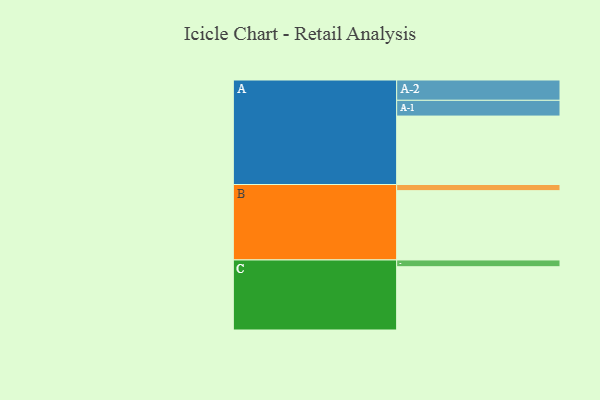
{"axis": {"x": "Segment", "y": "Value"}, "legend": ["", "A", "B", "C"], "data": [{"x": "A", "y": 556, "type": ""}, {"x": "B", "y": 563, "type": ""}, {"x": "C", "y": 514, "type": ""}, {"x": "A-1", "y": 128, "type": "A"}, {"x": "A-2", "y": 165, "type": "A"}, {"x": "B-1", "y": 50, "type": "B"}, {"x": "C-1", "y": 55, "type": "C"}]}